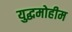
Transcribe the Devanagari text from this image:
युद्धमोहीम